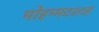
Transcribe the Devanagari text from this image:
मोहम्मदशाह